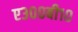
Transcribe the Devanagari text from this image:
ए३००बी१०